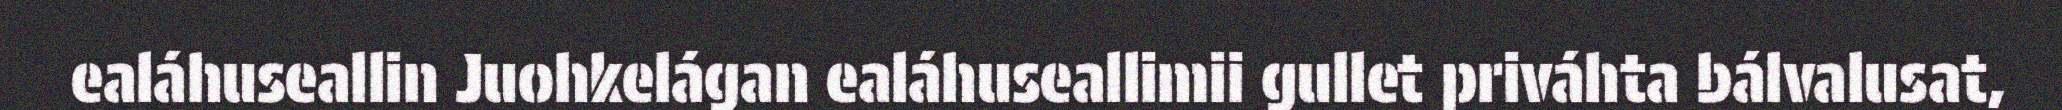
ealáhuseallin Juohkelágan ealáhuseallimii gullet priváhta bálvalusat,